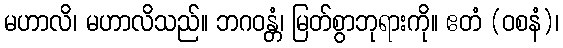
မဟာလိ၊ မဟာလိသည်။ ဘဂဝန္တံ၊ မြတ်စွာဘုရားကို။ ဧတံ (ဝစနံ)၊